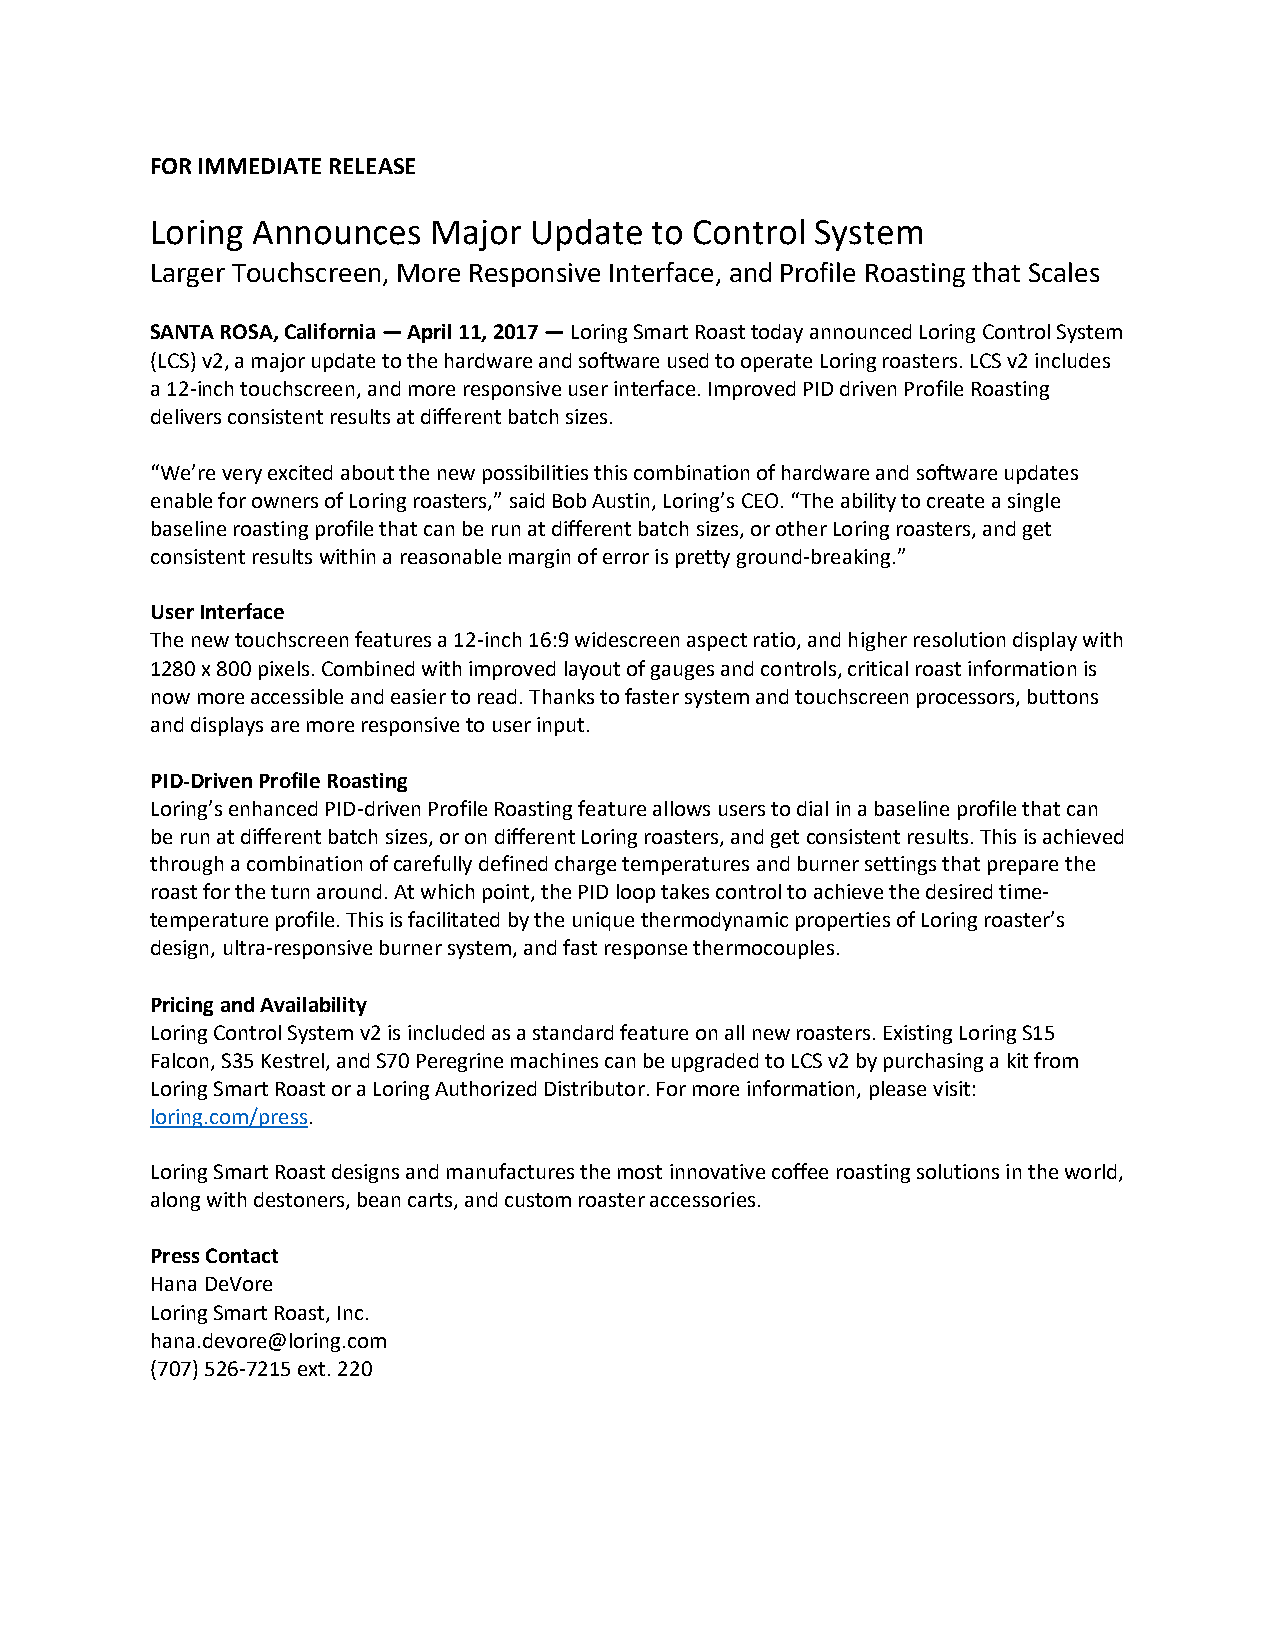
FOR IMMEDIATE RELEASE
 Loring Announces   Major Update  to Control System
 Larger Touchscreen, More Responsive Interface, and Profile Roasting that Scales
 SANTA ROSA, California — April 11, 2017 — Loring Smart Roast today announced Loring Control System
 (LCS) v2, a major update to the hardware and software used to operate Loring roasters. LCS v2 includes
 a 12-inch touchscreen, and more responsive user interface. Improved PID driven Profile Roasting
 delivers consistent results at different batch sizes.
 “We’re very excited about the new possibilities this combination of hardware and software updates
 enable for owners of Loring roasters,” said Bob Austin, Loring’s CEO. “The ability to create a single
 baseline roasting profile that can be run at different batch sizes, or other Loring roasters, and get
 consistent results within a reasonable margin of error is pretty ground-breaking.”
 User Interface
 The new touchscreen features a 12-inch 16:9 widescreen aspect ratio, and higher resolution display with
 1280 x 800 pixels. Combined with improved layout of gauges and controls, critical roast information is
 now more accessible and easier to read. Thanks to faster system and touchscreen processors, buttons
 and displays are more responsive to user input.
 PID-Driven Profile Roasting
 Loring’s enhanced PID-driven Profile Roasting feature allows users to dial in a baseline profile that can
 be run at different batch sizes, or on different Loring roasters, and get consistent results. This is achieved
 through a combination of carefully defined charge temperatures and burner settings that prepare the
 roast for the turn around. At which point, the PID loop takes control to achieve the desired time-
 temperature profile. This is facilitated by the unique thermodynamic properties of Loring roaster’s
 design, ultra-responsive burner system, and fast response thermocouples.
 Pricing and Availability
 Loring Control System v2 is included as a standard feature on all new roasters. Existing Loring S15
 Falcon, S35 Kestrel, and S70 Peregrine machines can be upgraded to LCS v2 by purchasing a kit from
 Loring Smart Roast or a Loring Authorized Distributor. For more information, please visit:
 loring.com/press.
 Loring Smart Roast designs and manufactures the most innovative coffee roasting solutions in the world,
 along with destoners, bean carts, and custom roaster accessories.
 Press Contact
 Hana DeVore
 Loring Smart Roast, Inc.
 hana.devore@loring.com
 (707) 526-7215 ext. 220